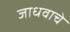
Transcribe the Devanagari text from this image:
जाधवाचे